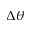
\Delta \theta